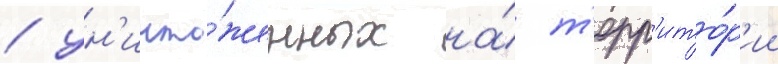
/ ун'ичто́женных на́ т'ерр'ито́р'ии